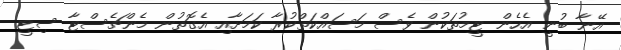
އޭނާ ބުނީ އެހެން ޓީމުތަކުން ވެސް މަސައްކަތްކުރާ ކަމަށާއި އެގޮތުން މެންޗެސްޓާ ސިޓީ